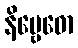
နိဗ္ဗေဓော